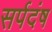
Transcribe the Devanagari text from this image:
सर्पदंष